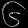
Digit: ၆